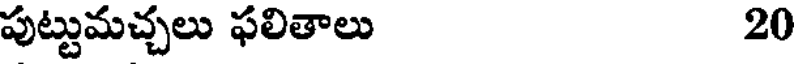
పుట్టుమచ్చలు ఫలితాలు 20